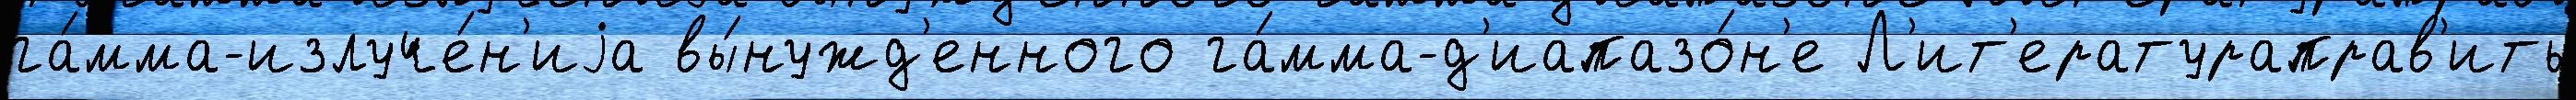
га́мма-излуче́н'иjа вы́нужд'енного га́мма-д'иапазо́н'е Л'ит'ератураправ'ить